King Institute of Preventive Medicine Micro-Biological Section reports 1909-11
Year: 1909
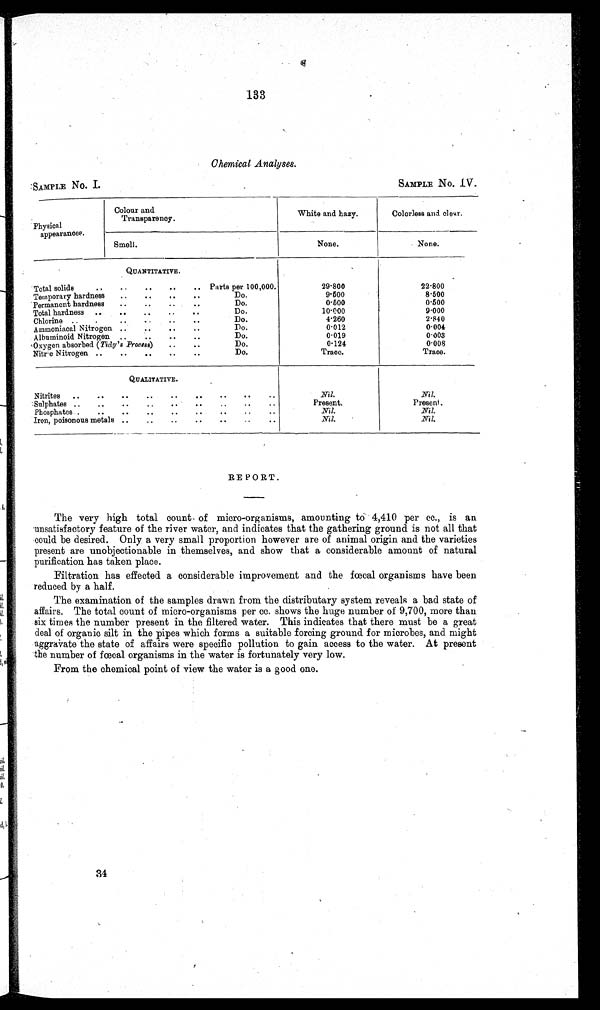
133
Chemical Analyses.
SAMPLE No. I.
SAMPLE No. IV.
Physical
appearances.
Colour and
Transparency.
White and hazy.
Colorless and. clear.
Smell.
None.
None.
QUANTITATIVE.
Total solids
..
..
..
..
.. Parts per 100,000.
29.800
22.800
Temporary hardness ..
..
..
..
Do.
9.500
8 . 5 0 0
Permanent hardness ..
..
..
..
Do.
0.500
0.500
Total hardness ..
..
..
Do.
1 0 . 0 0 0
9.000
Chlorine ..
..
. ..
Do.
4.260
2.840
Ammoniacal Nitrogen .. .. .. ..
Do.
0.012
0.004
Albuminoid Nitrogen ..
..
..
..
Do.
0.019
0.003
Oxygen absorbed (Tidy's Process) . .
Do.
0.124
0.008
Nitre Nitrogen ..
..
..
..
..
Do.
Trace.
Trace.
QUALITATIVE.
Nitrites ..
..
.. .. .. .. .. .. ..
Nil.
Nil.
Sulphates ..
..
..
..
..
..
..
..
..
Present.
Present.
Phosphates .
. . .. .. .. .. . . . . . .
Nil.
Nil.
Iron, poisonous metals ..
..
..
..
..
..
..
Nil.
Nil.
RE PORT.
The very high total count of micro-organisms, amounting to 4,410 per cc., is an
unsatisfactory feature of the river water, and indicates that the gathering ground is not all that
could be desired. Only a very small proportion however are of animal origin and the varieties
present are unobjectionable in themselves, and show that a considerable amount of natural
purification has taken place.
Filtration has effected a considerable improvement and the fœcal organisms have been
reduced by a half.
The examination of the samples drawn from the distributary system reveals a bad state of
affairs. The total count of micro-organisms per cc. shows the huge number of 9,700, more than
six times the number present in the filtered water. This indicates that there must be a great
deal of organic silt in the pipes which forms a suitable forcing ground for microbes, and might
aggravate the state of affairs were specific pollution to gain access to the water. At present
the number of fœcal organisms in the water is fortunately very low.
From the chemical point of view the water is a good one.